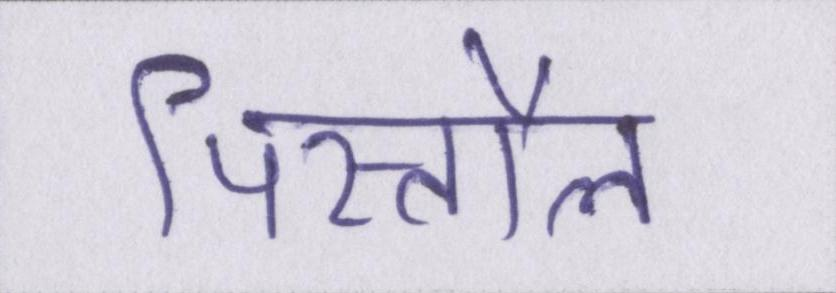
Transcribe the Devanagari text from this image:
पिस्तौल